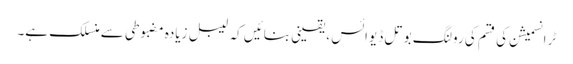
ٹرانسمیشن کی قسم کی رولنگ بوتل ڈیوائس ، یقینی بنائیں کہ لیبل زیادہ مضبوطی سے منسلک ہے۔